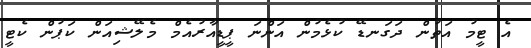
އެ ޓީމު އަތުން ދަގަނޑޭ ކުޅެމުން އަންނަ ޕީޑީއާރުއެމް މެލޭޝިއަން ކަޕުން ކެޓީ